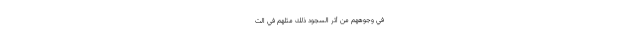
فِي وُجُوهِهِمْ مِنْ أَثَرِ السُّجُودِ ذَلِكَ مَثَلُهُمْ فِي التّ